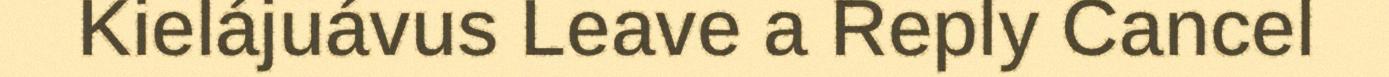
Kielájuávus Leave a Reply Cancel